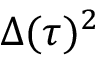
\Delta ( \tau ) ^ { 2 }